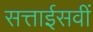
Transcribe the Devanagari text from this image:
सत्ताईसवीं